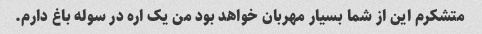
متشکرم این از شما بسیار مهربان خواهد بود من یک اره در سوله باغ دارم.